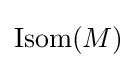
{\textstyle \mathrm {Isom} (M)}